Vaccination United Provinces of Agra and Oudh 1902-1913 - 1902-1913
Year: 1902
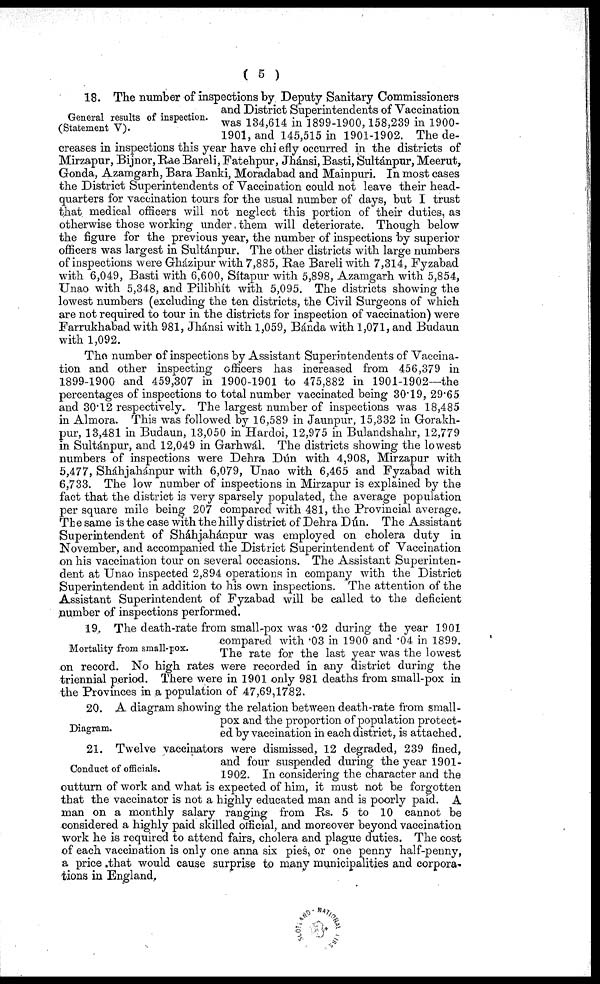
( 5 )
18. The number of inspections by Deputy Sanitary Commissioners
and District Superintendents of Vaccination
was 134,614 in 1899-1900, 158,239 in 1900-
1901, and 145,515 in 1901-1902. The de-
creases in inspections this year have chiefly occurred in the districts of
Mirzapur, Bijnor, Rae Bareli, Fatehpur‚ Jhánsi, Basti, Sultánpur, Meerut,
Gonda, Azamgarh, Bara Banki, Moradabad and Mainpuri. In most cases
the District Superintendents of Vaccination could not leave their head-
quarters for vaccination tours for the usual number of days, but I trust
that medical officers will not neglect this portion of their duties, as
otherwise those working under them will deteriorate. Though below
the figure for the previous year, the number of inspections by superior
officers was largest in Sultánpur. The other districts with large numbers
of inspections were Gházipur with 7,885, Rae Bareli with 7,314, Fyzabad
with 6,049, Basti with 6,600, Sítapur with 5,898, Azamgarh with 5,854,
Unao with 5,348, and Pilibhít with 5,095. The districts showing the
lowest numbers (excluding the ten districts, the Civil Surgeons of which
are not required to tour in the districts for inspection of vaccination) were
Farrukhabad with 981, Jhánsi with 1,059, Bánda with 1,071, and Budaun
with 1,092.
The number of inspections by Assistant Superintendents of Vaccina-
tion and other inspecting officers has increased from 456,379 in
1899-1900 and 459,307 in 1900-1901 to 475,882 in 1901-1902—the
percentages of inspections to total number vaccinated being 30.19, 29.65
and 30.12 respectively.. The largest number of inspections was 18,485
in Almora. This was followed by 16,589 in Jaunpur, 15,332 in Gorakh¬
pur, 13,481 in Budaun, 13,050 in Hardoi, 12,975 in Bulandshahr, 12,779
in Sultánpur, and 12,049 in Garhwál. The districts showing the lowest
numbers of inspections were Dehra Dún with 4,908, Mirzapur with
5,477, Sháhjahánpur with 6,079, Unao with 6,465 and Fyzabad with
6,733. The low number of inspections in Mirzapur is explained by the
fact that the district is very sparsely populated, the average population
per square mile being 207 compared with 481, the Provincial average.
The same is the case with the hilly district of Dehra Dún. The Assistant
Superintendent of Sháhjahánpur was employed on cholera, duty in
November, and accompanied the District Superintendent of Vaccination
on his vaccination tour on several occasions. The Assistant Superinten-
dent at Unao inspected 2,894 operations in company with the District
Superintendent in addition to his own inspections. The attention of the
Assistant Superintendent of Fyzabad will be called to the deficient
number of inspections performed.
General results of inspection.
(Statement V).
Mortality from small-pox.
19. The death-rate from small-pox was .02 during the year 1901
compared with .03 in 1900 and .04 in 1899.
The rate for the last year was the lowest
on record. No high rates were recorded in any district during the
triennial period. There were in 1901 only 981 deaths from small-pox in
the Provinces in a population of 47,69,1782.
Diagram.
20. A diagram showing the relation between death-rate from small-
pox and the proportion of population protect-
ed by vaccination in each district, is attached.
Conduct of officials.
21. Twelve vaccinators were dismissed, 12 degraded, 239 fined,
and four suspended during the year 1901-
1902. In considering the character and the
outturn of work and what is expected of him, it must not be forgotten
that the vaccinator is not a highly educated man and is poorly paid. A
man on a monthly salary ranging from Rs. 5 to 10 cannot be
considered a highly paid skilled official, and moreover beyond vaccination
work he is required to attend fairs, cholera and plague duties. The cost
of each vaccination is only one anna six pies, or one penny half-penny,
a price that would cause surprise to many municipalities and corpora-
tions in England.